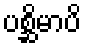
ပစ္ဆိမာပိ